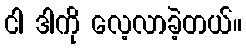
ငါ ဒါကို လေ့လာခဲ့တယ်။